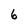
Character: 6